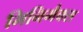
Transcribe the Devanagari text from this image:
मिनिमैक्स